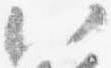
八